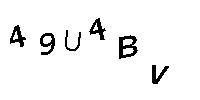
49U4BV